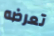
تعرضه